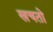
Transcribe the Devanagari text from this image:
खचतो